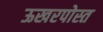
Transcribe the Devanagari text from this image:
ऊखरपोस्त